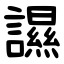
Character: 䜙